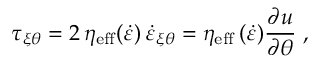
\tau _ { \xi \theta } = 2 \, \eta _ { \mathrm { e f f } } ( \dot { \varepsilon } ) \, \dot { \varepsilon } _ { \xi \theta } = \eta _ { \mathrm { e f f } } \, ( \dot { \varepsilon } ) \frac { \partial u } { \partial \theta } \; ,